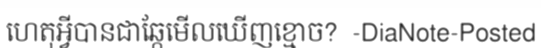
ហេតុអ្វីបានជាឆ្កែមើលឃើញខ្មោច?  -DiaNote-Posted